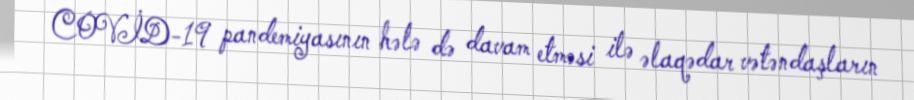
COVİD-19 pandemiyasının hələ də davam etməsi ilə əlaqədar vətəndaşların